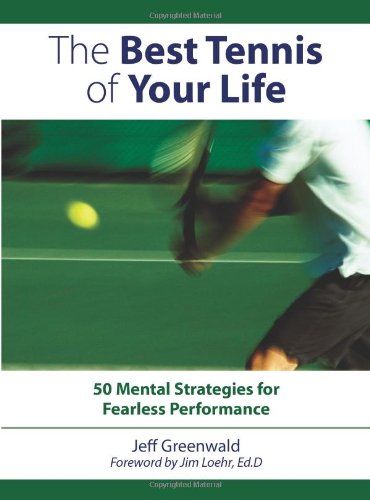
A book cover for The Best Tennis of Your Life: 50 Mental Strategies for Fearless Performance; Jeff Greenwald; Sports & Outdoors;